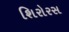
શિરોરસ